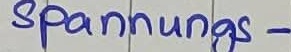
Text: spannungs-